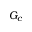
G _ { c }